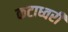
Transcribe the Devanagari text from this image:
कटाध्वरी